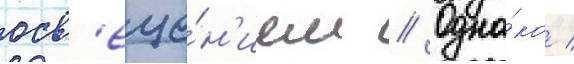
осв'еще́н'ием // Одна́ко /